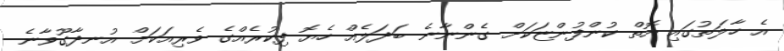
އެ ހާލަތުގައި އޮތް ކުންފުންޏަކަށް ގެންނާނެ ބަދަލެއް ހެޔޮ ފިކުރެއްގެ ވެރިއަކަށް އުނދާގޫވާނެ